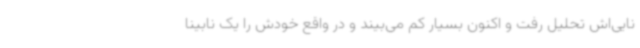
نایی‌اش تحلیل رفت و اکنون بسیار کم می‌بیند و در واقع خودش را یک نابینا